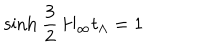
LaTeX: \mathrm { s i n h } \ \frac { 3 } { 2 } \, H _ { \infty } t _ { \Lambda } = 1